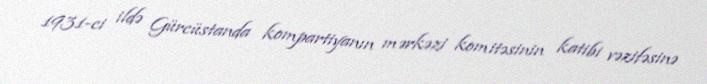
1931-ci ildə Gürcüstanda kompartiyanın mərkəzi komitəsinin katibi vəzifəsinə